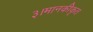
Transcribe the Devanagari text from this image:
३।मानकीकृत